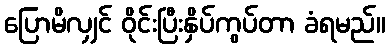
ပြောမိလျှင် ဝိုင်းပြီးနှိပ်ကွပ်တာ ခံရမည်။